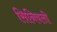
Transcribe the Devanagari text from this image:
सिनिवली